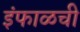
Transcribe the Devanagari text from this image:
इंफाळची